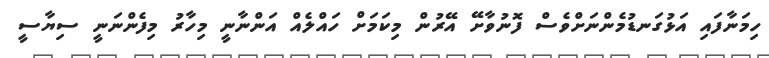
ހިމަނާފައި އަޅުގަނޑުމެންނަށްވެސް ފޮނުވާށޭ އޭރުން މިކަމަށް ހައްލެއް އަންނާނީ މިހާރު މިފެންނަނީ ސިޔާސީ